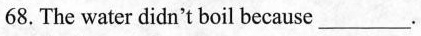
68. The water didn't boil because_________.